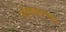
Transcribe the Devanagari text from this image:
संदेशवहनाला